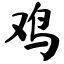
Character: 鸡